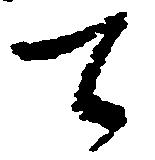
て